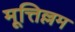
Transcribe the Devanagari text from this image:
मूत्तिल्लम